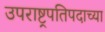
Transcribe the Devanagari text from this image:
उपराष्ट्रपतिपदाच्या